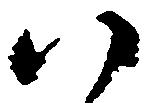
ハ